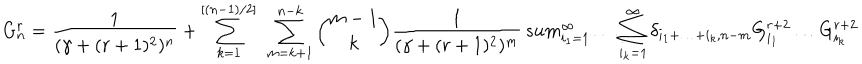
G _ { n } ^ { r } = \frac { 1 } { ( \gamma + ( r + 1 ) ^ { 2 } ) ^ { n } } + \sum _ { k = 1 } ^ { [ ( n - 1 ) / 2 ] } \ \sum _ { m = k + 1 } ^ { n - k } { \binom { m - 1 } { k } } \frac { 1 } { ( \gamma + ( r + 1 ) ^ { 2 } ) ^ { m } } \, s u m _ { i _ { 1 } = 1 } ^ { \infty } \ldots \sum _ { i _ { k } = 1 } ^ { \infty } \delta _ { i _ { 1 } + \ldots + i _ { k } , n - m } G _ { i _ { 1 } } ^ { r + 2 } \ldots G _ { i _ { k } } ^ { r + 2 }